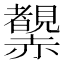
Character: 𧺂